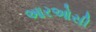
આરઓસી